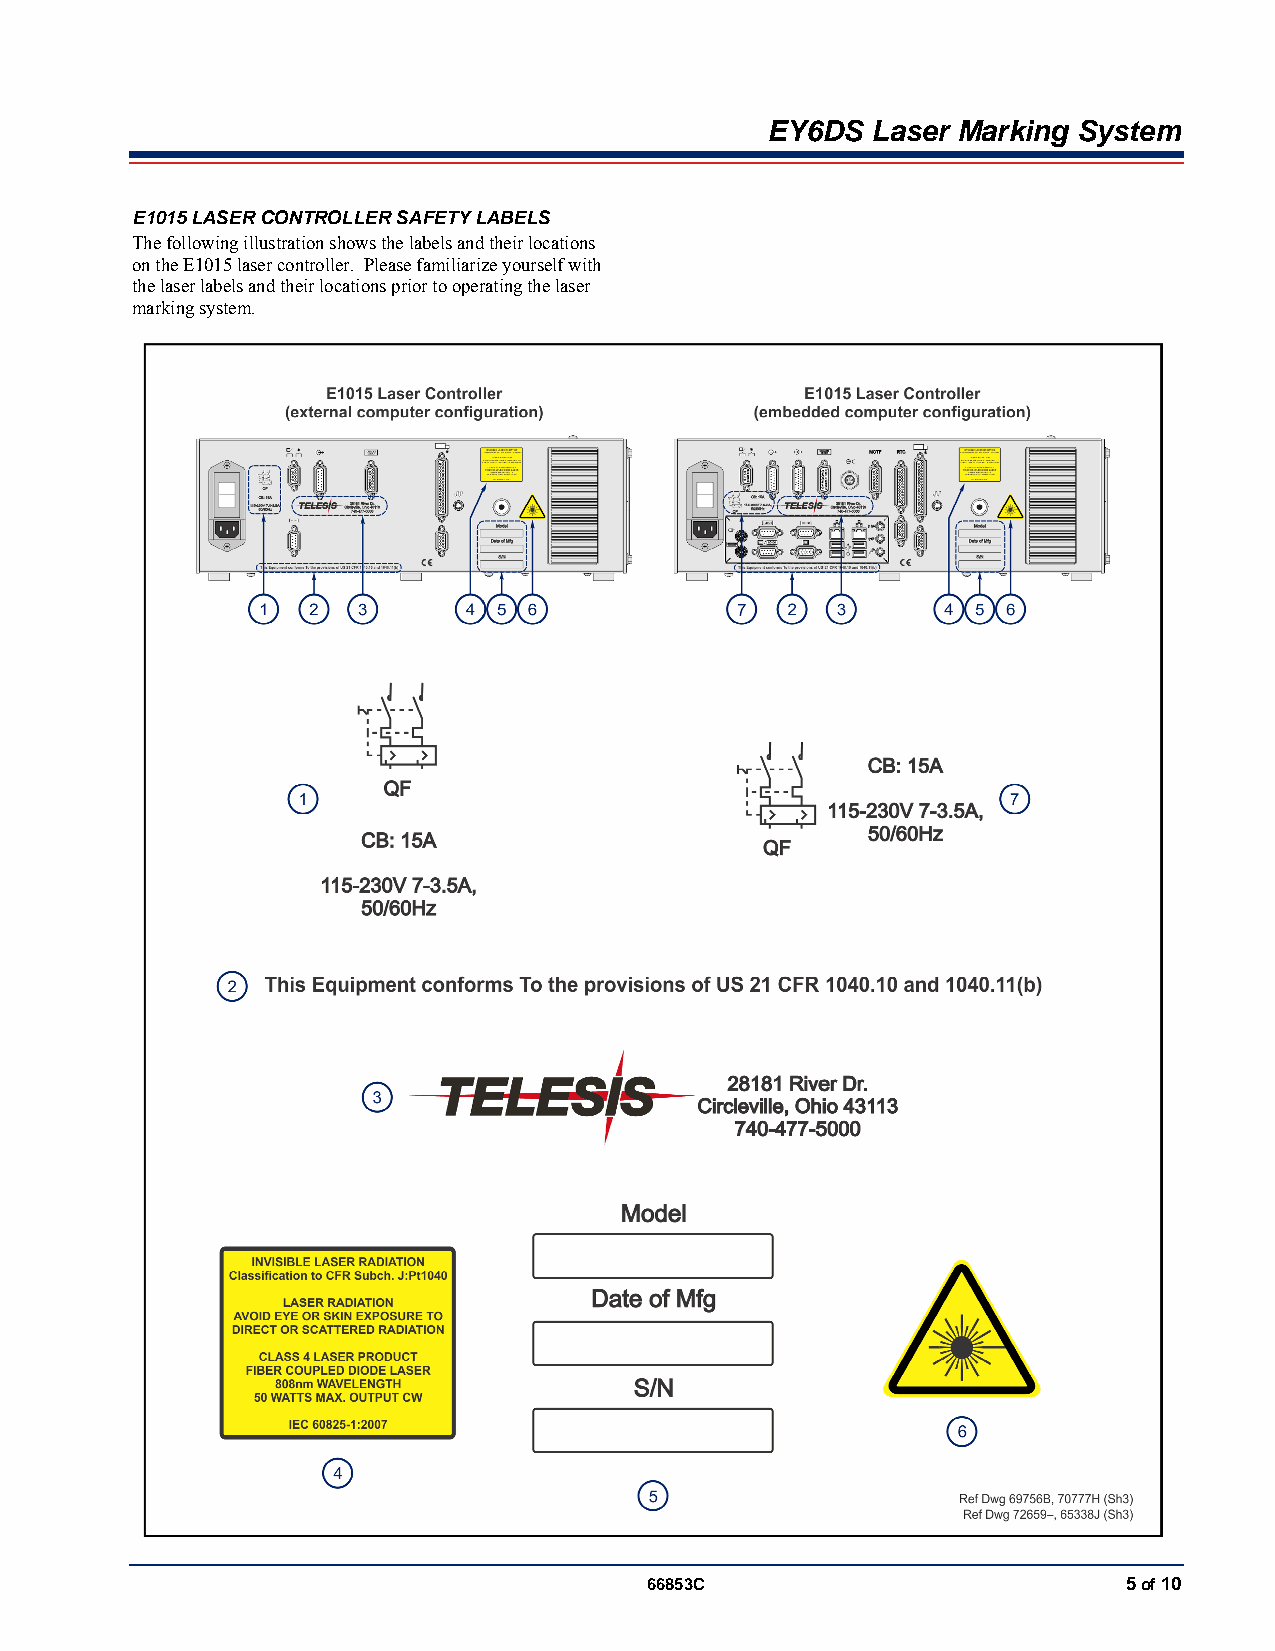
EY6DS  Laser Marking System
 E1015 LASER CONTROLLER SAFETY LABELS
 The following illustration shows the labels and their locations
 on the E1015 laser controller. Please familiarize yourself with
 the laser labels and their locations prior to operating the laser
 marking system.
 66853C                          5 of 10